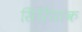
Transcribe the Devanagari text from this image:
सिरियाक